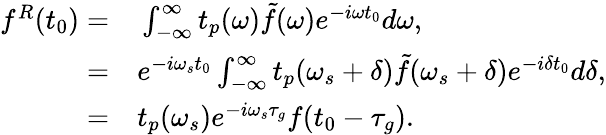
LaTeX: \begin{array}{rl}{f^{R}(t_{0})=}&{{}\int_{-\infty}^{\infty}t_{p}(\omega)\tilde{f}(\omega)e^{-i\omega t_{0}}d\omega,}\\ {=}&{{}e^{-i\omega_{s}t_{0}}\int_{-\infty}^{\infty}t_{p}(\omega_{s}+\delta)\tilde{f}(\omega_{s}+\delta)e^{-i\delta t_{0}}d\delta,}\\ {=}&{{}t_{p}(\omega_{s})e^{-i\omega_{s}\tau_{g}}f(t_{0}-\tau_{g}).}\end{array}